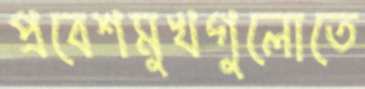
প্রবেশমুখগুলোতে